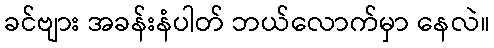
ခင်ဗျား အခန်းနံပါတ် ဘယ်လောက်မှာ နေလဲ။